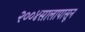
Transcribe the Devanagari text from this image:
२००४सालापासून